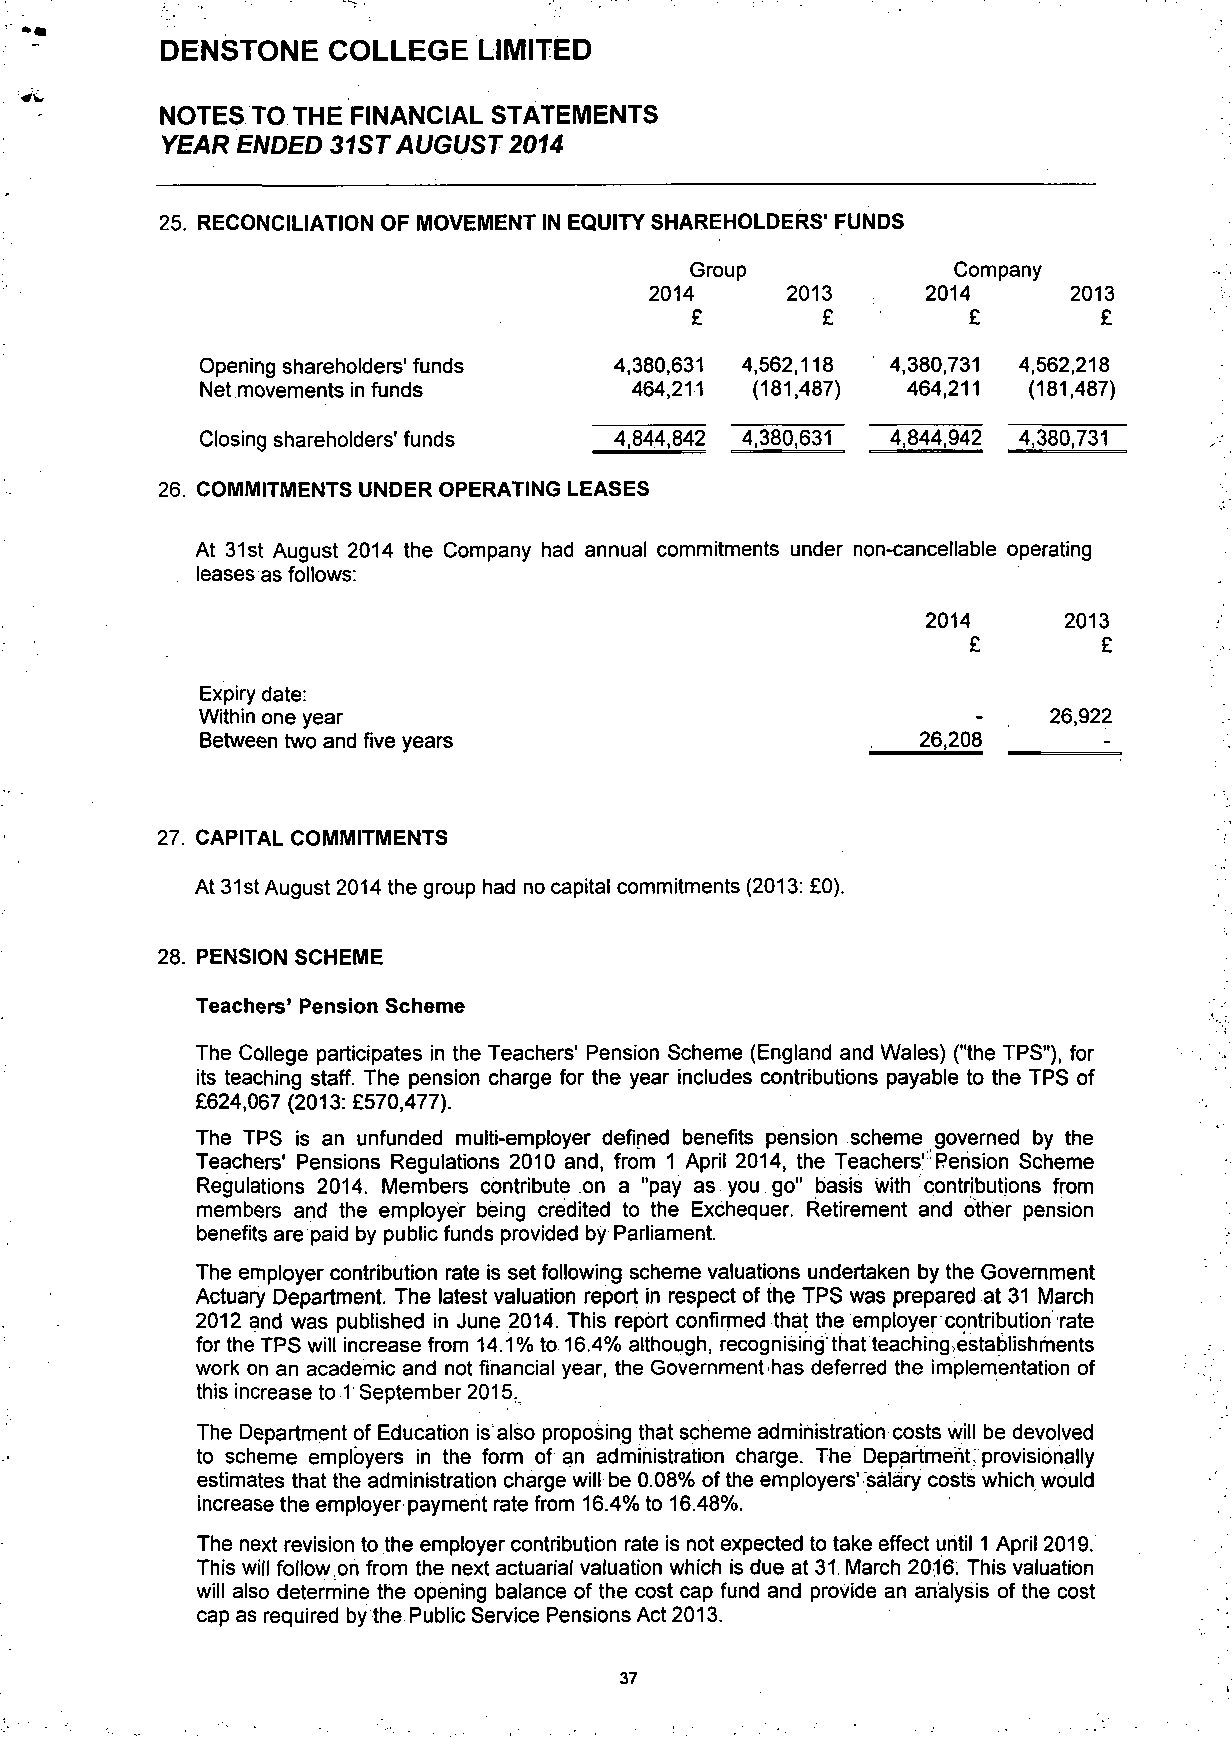
DENSTONE   COLLEGE   LIMITED
 NOTES TO THE FINANCIAL STATEMENTS
 YEAR ENDED 31ST AUGUST 2014
 25. RECONCILIATION OF MOVEMENT IN EQUITY SHAREHOLDERS' FUNDS
 Group            Company
 2014     2013      2014     2013
 £        £        £        £
 Opening shareholders'funds  4,380,631 4,562,118 4,380,731 4,562,218
 Net movements in funds       464,211 (181,487) 464,211 (181,487)
 Closing shareholders'funds  4,844,842 4,380,631 4,844,942 4,380,731
 26. COMMITMENTS UNDER OPERATING LEASES
 At 31st August 2014 the Company had annual commitments under non-cancellable operating
 leases as follows:
 2014     2013
 £        £
 Expiry date:
 Within one year                                     - .  26,922
 Between two and five years                      26,208      -
 27. CAPITAL COMMITMENTS
 At 31st August 2014 the group had no capital commitments (2013: £0).
 28. PENSION SCHEME
 Teachers' Pension Scheme
 The College participates in the Teachers' Pension Scheme (England and Wales) ("the TPS"), for
 its teaching staff. The pension charge for the year includes contributions payable to the TPS of
 £624,067 (2013: £570,477).
 The TPS is an unfunded multi-employer defined benefits pension scheme governed by the
 Teachers' Pensions Regulations 2010 and, from 1 April 2014, the Teachers': Pension Scheme
 Regulations 2014. Members contribute on a "pay as you go" basis with contributions from
 members and the employer being credited to the Exchequer. Retirement and other pension
 benefits are paid by public funds provided by Parliament.
 The employer contribution rate is set following scheme valuations undertaken by the Government
 Actuary Department. The latest valuation report in respect of the TPS was prepared at 31 March
 2012 and was published in June 2014. This report confirmed that the employer contribution rate
 for the TPS will increase from 14.1% to 16.4% although, recognising that teaching.establishments
 work on an academic and not financial year, the Government has deferred the implementation of
 this increase to T September 2015.
 The Department of Education is also proposing that scheme administration costs will be devolved
 to scheme employers in the form of an administration charge. The Department, provisionally
 estimates that the administration charge will be 0.08% of the employers'salary costs which would
 increase the employer payment rate from 16.4% to 16.48%.
 The next revision to the employer contribution rate is not expected to take effect until 1 April 2019.
 This will follow on from the next actuarial valuation which is due at 31. March 2016. This valuation
 will also determine the opening balance of the cost cap fund and provide an analysis of the cost
 cap as required by the Public Service Pensions Act 2013.
 37